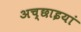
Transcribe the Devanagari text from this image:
अच्छाइयां